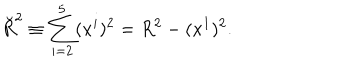
\breve { R } ^ { 2 } \equiv \sum _ { i = 2 } ^ { 5 } ( x ^ { i } ) ^ { 2 } = R ^ { 2 } - ( x ^ { 1 } ) ^ { 2 } .